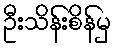
ဦးသိန်းစိန်မှ